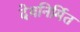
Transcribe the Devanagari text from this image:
देवनिर्मित